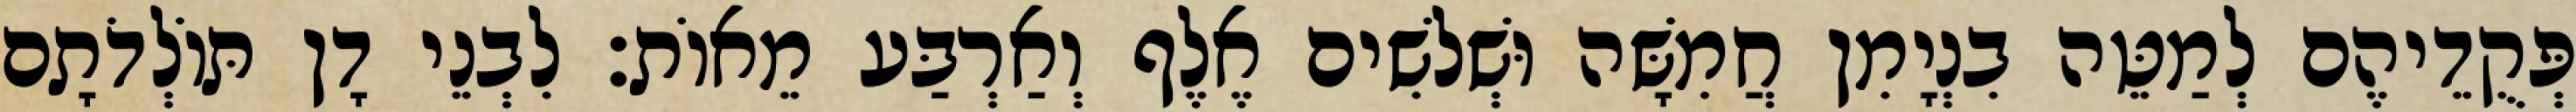
פְּקֻדֵיהֶם לְמַטֵּה בִנְיָמִן חֲמִשָּׁה וּשְׁלשִׁים אֶלֶף וְאַרְבַּע מֵאוֹת׃ לִבְנֵי דָן תּוֹלְדֹתָם